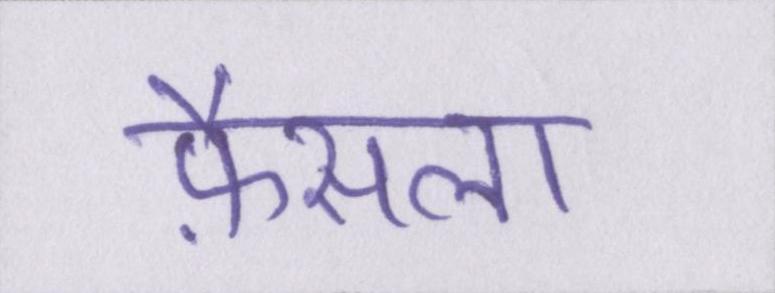
फ़ैसला